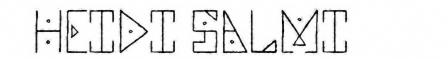
HEIDI SALMI